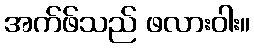
အက်ဖ်သည် ဖလားဝါး။